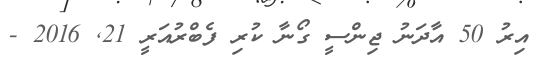
އިރު 50 އާދަނު ޖިންސީ ގޯނާ ކުރި ފެބްރުއަރީ 21